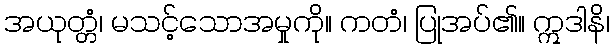
အယုတ္တံ၊ မသင့်သောအမှုကို။ ကတံ၊ ပြုအပ်၏။ ဣဒါနိ၊